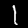
Digit: 1